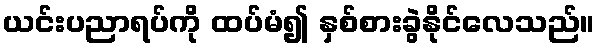
ယင်းပညာရပ်ကို ထပ်မံ၍ နှစ်စားခွဲနိုင်လေသည်။